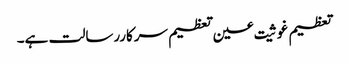
تعظیم غوثیت عین تعظیم سرکاررسالت ہے۔